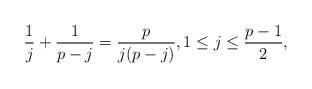
LaTeX: \begin{align*}\frac1j+\frac1{p-j}=\frac{p}{j(p-j)}, 1\le j\le\frac{p-1}2,\end{align*}